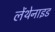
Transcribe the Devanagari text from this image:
लेंथेनाइड